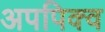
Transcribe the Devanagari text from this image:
अपपिक्व